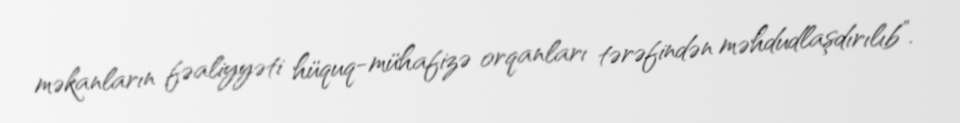
məkanların fəaliyyəti hüquq-mühafizə orqanları tərəfindən məhdudlaşdırılıb”.